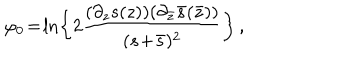
\varphi _ { 0 } \! = \! \ln \left\{ 2 \frac { ( \partial _ { z } s ( z ) ) ( \partial _ { \bar { z } } \bar { s } ( \bar { z } ) ) } { ( s \! + \! \bar { s } ) ^ { 2 } } \right\} \, ,